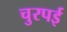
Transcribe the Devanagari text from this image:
चुरपई